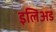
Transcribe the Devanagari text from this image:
इलिअड